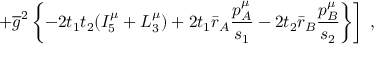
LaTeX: \left. + \overline { { g } } ^ { 2 } \left\{ - 2 t _ { 1 } t _ { 2 } ( { \cal I } _ { 5 } ^ { \mu } + { \cal L } _ { 3 } ^ { \mu } ) + 2 t _ { 1 } \bar { r } _ { A } \frac { p _ { A } ^ { \mu } } { s _ { 1 } } - 2 t _ { 2 } \bar { r } _ { B } \frac { p _ { B } ^ { \mu } } { s _ { 2 } } \right\} \right] \; ,